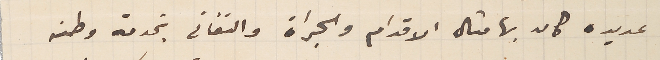
عديده كان بها مثال الاقدام والجراة والتفانى بخدمة وطنه